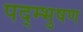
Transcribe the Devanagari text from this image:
पद्म्भुषण